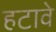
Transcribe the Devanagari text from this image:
हटावे